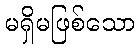
မရှိမဖြစ်သော